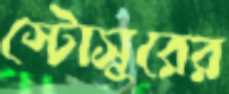
স্টোসুরের